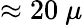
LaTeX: \approx 20~\mu